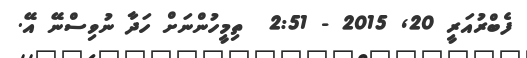
ފެބްރުއަރީ 20